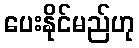
ပေးနိုင်မည်ဟု